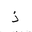
Letter: _thal